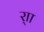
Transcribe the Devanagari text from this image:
र्‍ाा